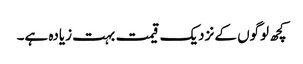
کچھ لوگوں کے نزدیک قیمت بہت زیادہ ہے۔